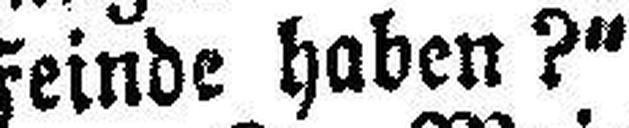
Feinde haben?“